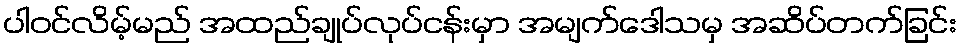
ပါဝင်လိမ့်မည် အထည်ချုပ်လုပ်ငန်းမှာ အမျက်ဒေါသမှ အဆိပ်တက်ခြင်း